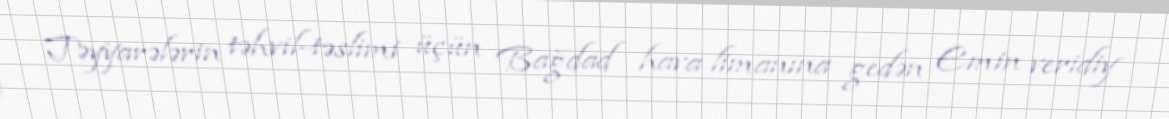
Təyyarələrin təhvil-təslimi üçün Bağdad hava limanına gedən Emin veridiy